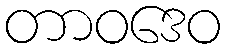
တာဝဒေဝ